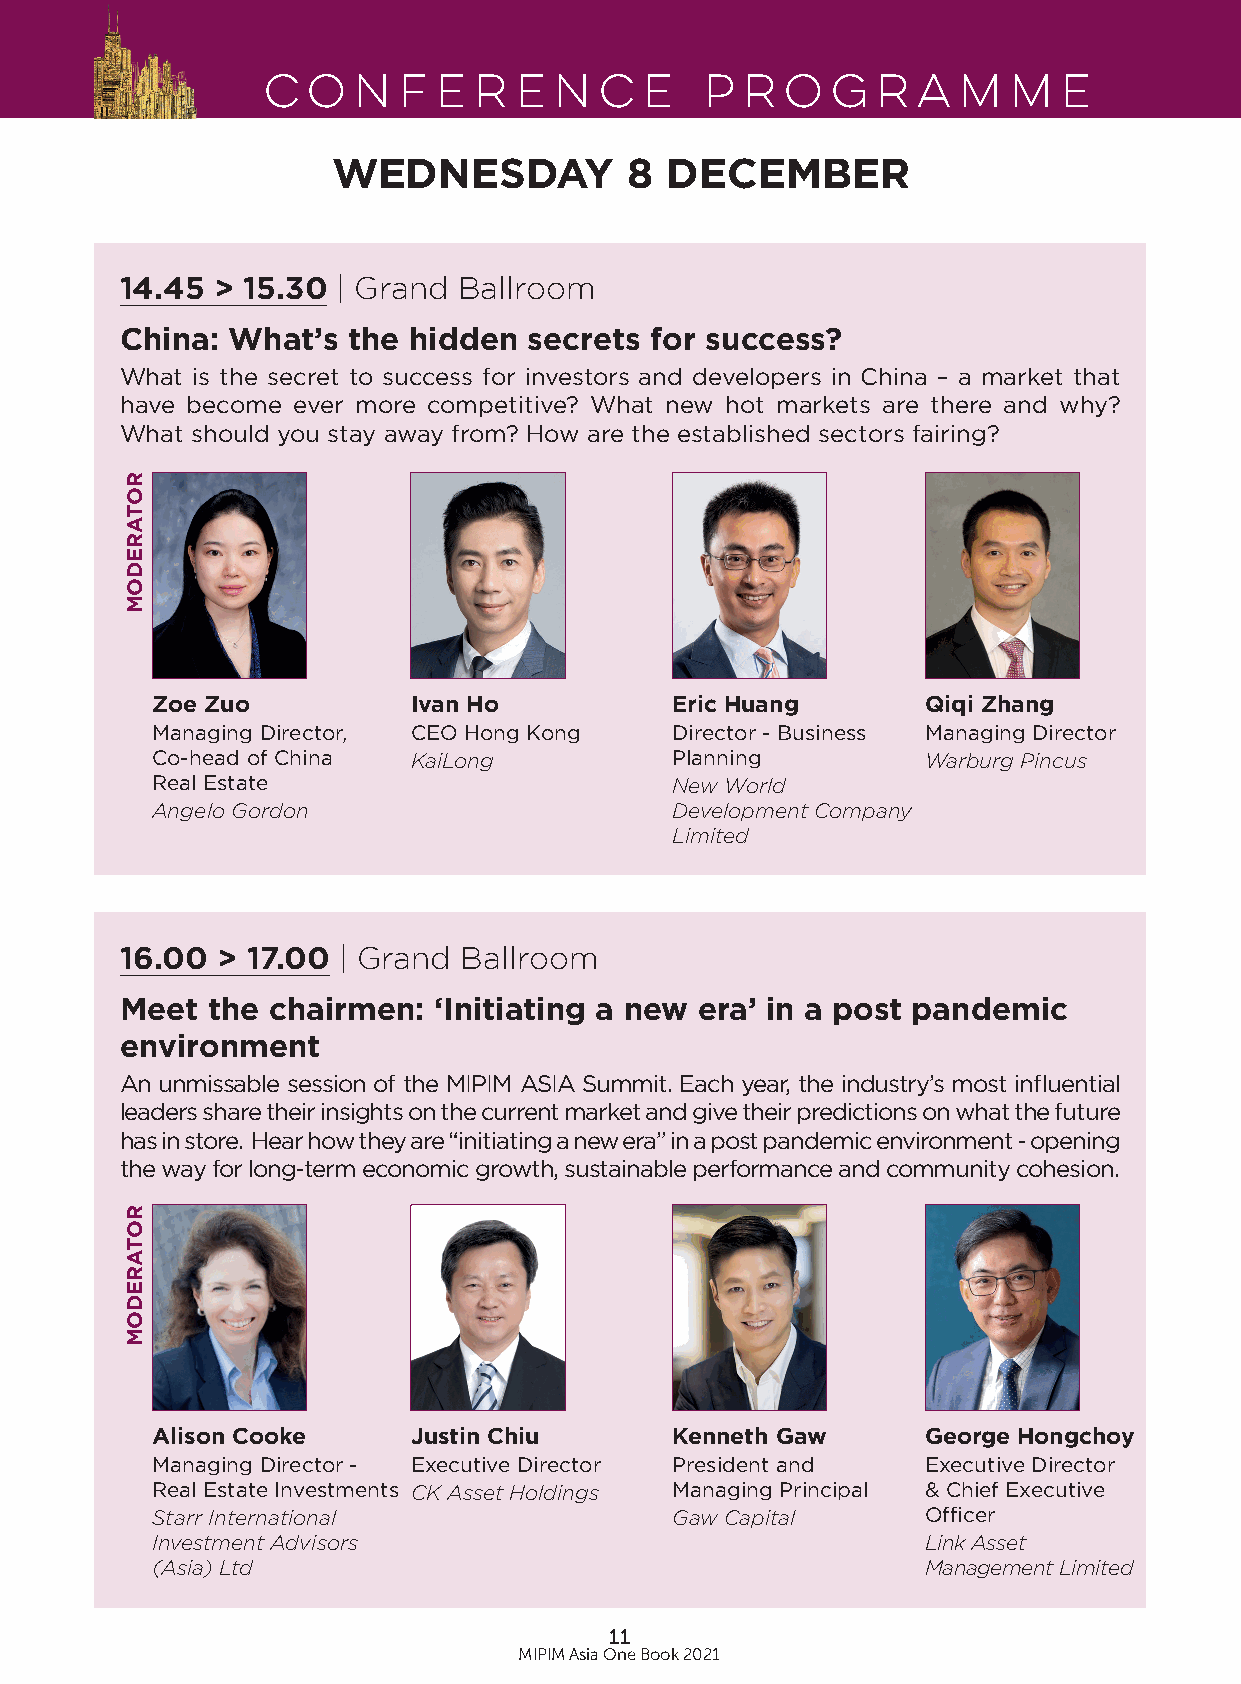
Conference                    Programme
 WEDNESDAY           8 DECEMBER
 14.45 > 15.30 | Grand Ballroom
 China: What’s  the hidden  secrets for success?
 What is the secret to success for investors and developers in China – a market that
 have become ever more competitive? What new hot markets are there and why?
 What should you stay away from? How are the established sectors fairing?
 Zoe Zuo          Ivan Ho          Eric Huang       Qiqi Zhang
 Managing Director, CEO Hong Kong  Director - Business Managing Director
 Co-head of China KaiLong          Planning         Warburg Pincus
 Real Estate                       New World
 Angelo Gordon                     Development Company
 Limited
 16.00 > 17.00 | Grand  Ballroom
 Meet  the chairmen:  ‘Initiating a new era’ in a post pandemic
 environment
 An unmissable session of the MIPIM ASIA Summit. Each year, the industry’s most influential
 leaders share their insights on the current market and give their predictions on what the future
 has in store. Hear how they are “initiating a new era” in a post pandemic environment - opening
 the way for long-term economic growth, sustainable performance and community cohesion.
 Alison Cooke     Justin Chiu      Kenneth Gaw      George Hongchoy
 Managing Director - Executive Director President and Executive Director
 Real Estate Investments CK Asset Holdings Managing Principal & Chief Executive
 Starr International               Gaw Capital      Officer
 Investment Advisors                                Link Asset
 (Asia) Ltd                                         Management Limited
 11
 MIPIM Asia One Book 2021
 ROTAREDOM
 ROTAREDOM